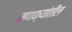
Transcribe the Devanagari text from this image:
मणक्यांतील